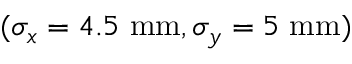
( \sigma _ { x } = 4 . 5 ~ \mathrm { m m } , \sigma _ { y } = 5 ~ \mathrm { m m } )